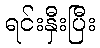
ရင်းနှီးပြီး